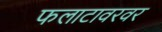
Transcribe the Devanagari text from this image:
फलाटावरवर